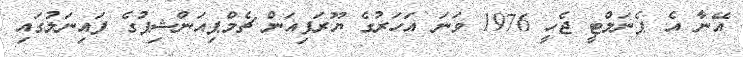
އޭނާ އެ ޕެނަލްޓީ ޖެހީ 1976 ވަނަ އަހަރުގެ ޔޫރަޕިއަން ޗެމްޕިއަންޝިޕުގެ ފައިނަލުގައި